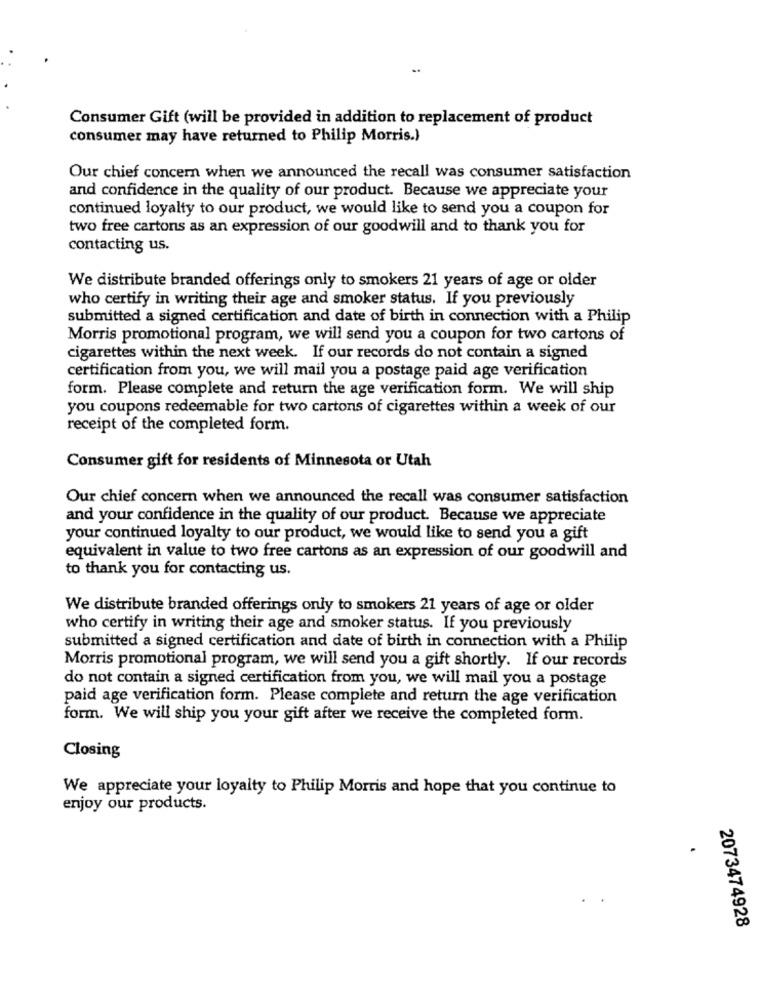
Consumer Gift (will be provided in addition to replacement of product
consumer may have returned to Philip Morris.)
Our chief concern when we announced the recall was consumer satisfaction
and confidence in the quality of our product. Because we appreciate your
continued loyalty to our product, we would like to send you a coupon for
two free cartons as an expression of our goodwill and to thank you for
contacting us.
We distribute branded offerings only to smokers 21 years of age or older
who certify in writing their age and smoker status. If you previously
submitted a signed certification and date of birth in connection with a Philip
Morris promotional program, we will send you a coupon for two cartons of
cigarettes within the next week. If our records do not contain a signed
certification from you, we will mail you a postage paid age verification
form. Please complete and return the age verification form. We will ship
you coupons redeemable for two cartons of cigarettes within a week of our
receipt of the completed form.
Consumer gift for residents of Minnesota or Utah
Our chief concern when we announced the recall was consumer satisfaction
and your confidence in the quality of our product. Because we appreciate
your continued loyalty to our product, we would like to send you a gift
equivalent in value to two free cartons as an expression of our goodwill and
to thank you for contacting us.
We distribute branded offerings only to smokers 21 years of age or older
who certify in writing their age and smoker status. If you previously
submitted a signed certification and date of birth in connection with a Philip
Morris promotional program, we will send you a gift shortly. If our records
do not contain a signed certification from you, we will mail you a postage
paid age verification form. Please complete and return the age verification
form. We will ship you your gift after we receive the completed form.
Closing
We appreciate your loyalty to Philip Morris and hope that you continue to
enjoy our products.
2073474928